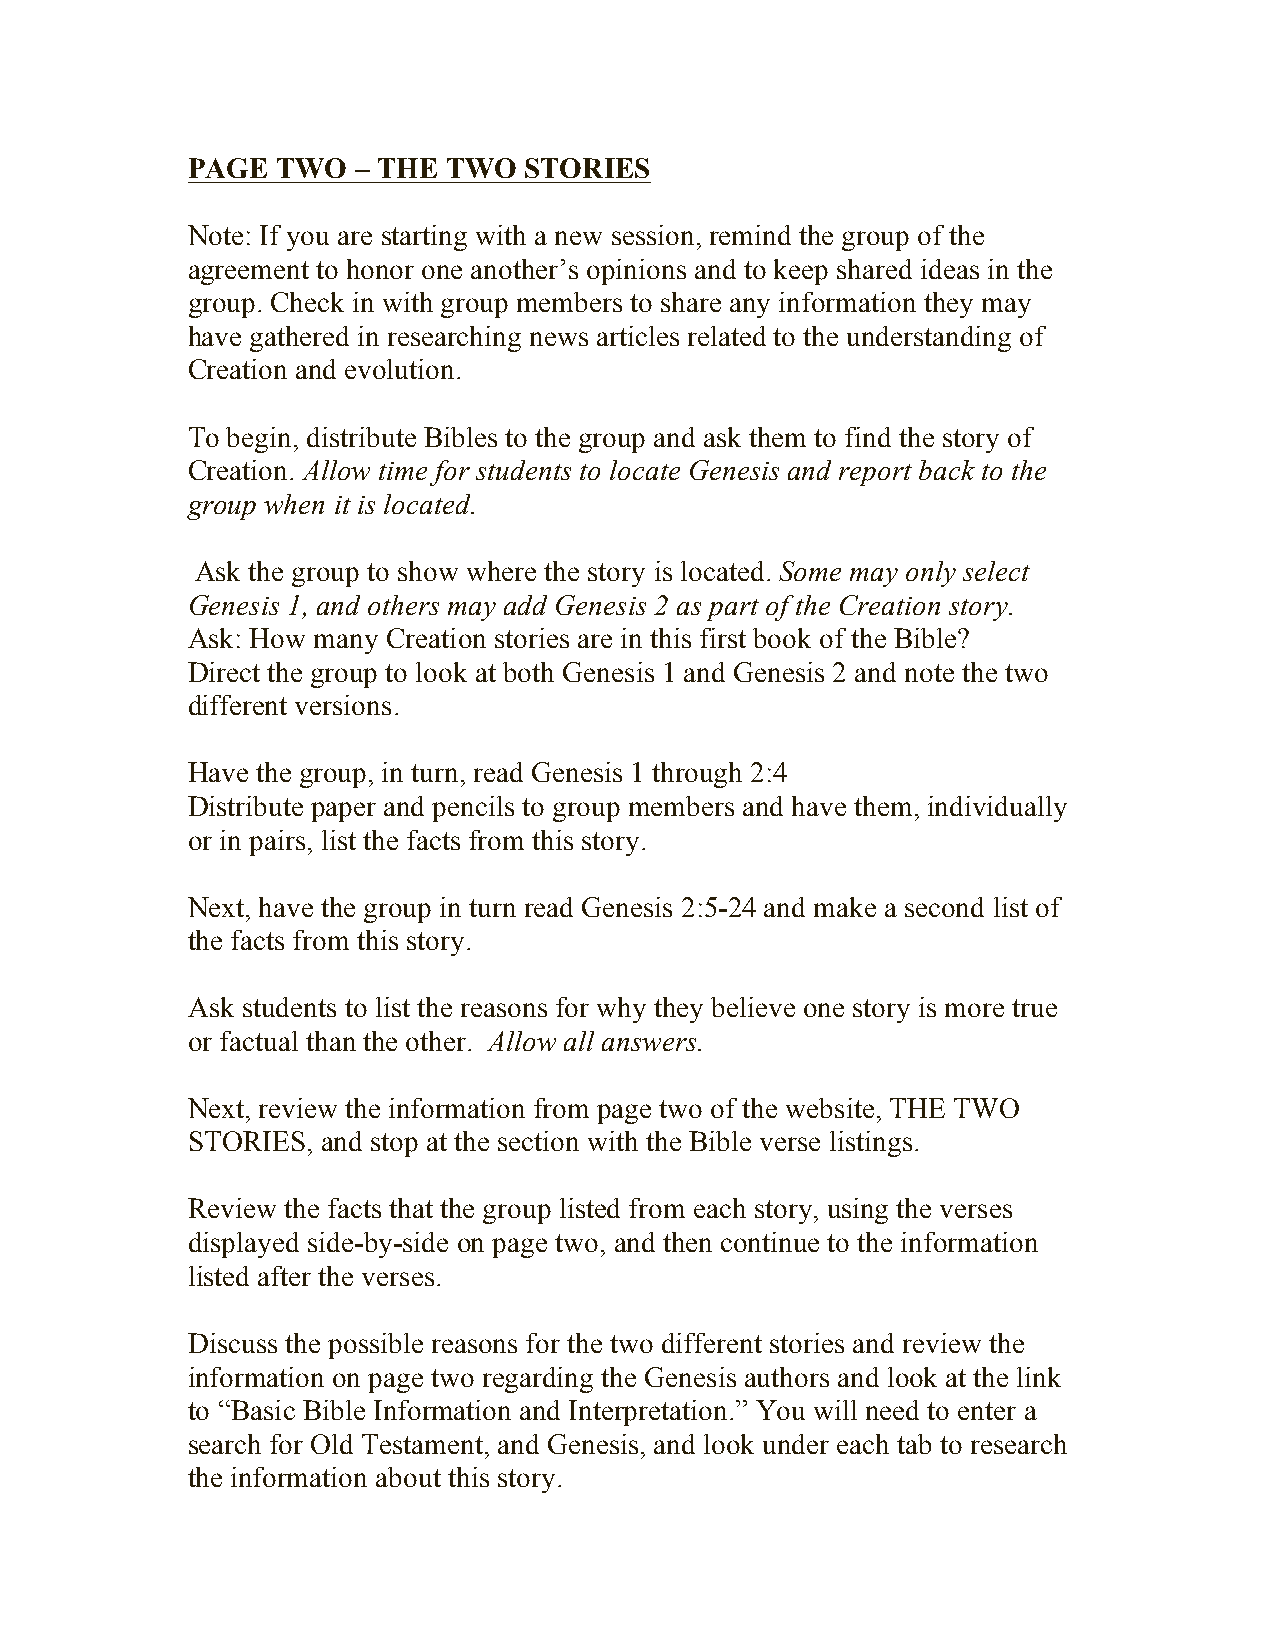
PAGE  TWO  – THE TWO   STORIES
 Note: If you are starting with a new session, remind the group of the
 agreement to honor one another’s opinions and to keep shared ideas in the
 group. Check in with group members to share any information they may
 have gathered in researching news articles related to the understanding of
 Creation and evolution.
 To begin, distribute Bibles to the group and ask them to find the story of
 Creation. Allow time for students to locate Genesis and report back to the
 group when it is located.
 Ask the group to show where the story is located. Some may only select
 Genesis 1, and others may add Genesis 2 as part of the Creation story.
 Ask: How many Creation stories are in this first book of the Bible?
 Direct the group to look at both Genesis 1 and Genesis 2 and note the two
 different versions.
 Have the group, in turn, read Genesis 1 through 2:4
 Distribute paper and pencils to group members and have them, individually
 or in pairs, list the facts from this story.
 Next, have the group in turn read Genesis 2:5-24 and make a second list of
 the facts from this story.
 Ask students to list the reasons for why they believe one story is more true
 or factual than the other. Allow all answers.
 Next, review the information from page two of the website, THE TWO
 STORIES, and stop at the section with the Bible verse listings.
 Review the facts that the group listed from each story, using the verses
 displayed side-by-side on page two, and then continue to the information
 listed after the verses.
 Discuss the possible reasons for the two different stories and review the
 information on page two regarding the Genesis authors and look at the link
 to “Basic Bible Information and Interpretation.” You will need to enter a
 search for Old Testament, and Genesis, and look under each tab to research
 the information about this story.